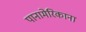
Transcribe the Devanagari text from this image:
पानामेरिकाना